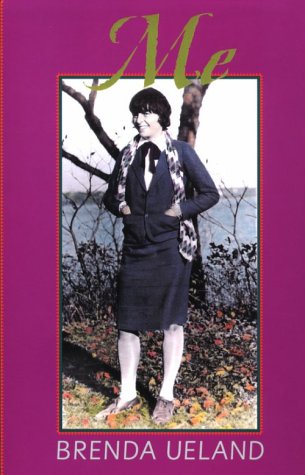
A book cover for Me: A Memoir; Brenda Ueland; Literature & Fiction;